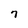
Character: 7